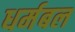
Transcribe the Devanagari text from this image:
धर्मबल